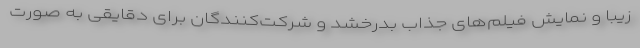
زیبا و نمایش فیلم‌های جذاب بدرخشد و شرکت‌کنندگان برای دقایقی به صورت